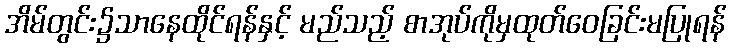
အိမ်တွင်း၌သာနေထိုင်ရန်နှင့် မည်သည့် စာအုပ်ကိုမှထုတ်ဝေခြင်းမပြုရန်